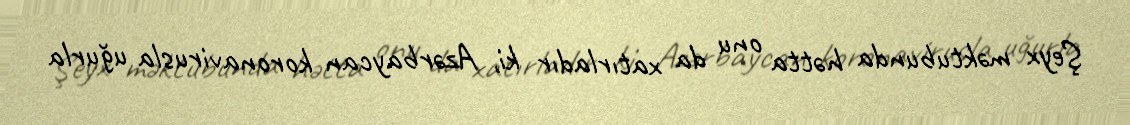
Şeyx məktubunda hətta onu da xatırladır ki, Azərbaycan koronavirusla uğurla